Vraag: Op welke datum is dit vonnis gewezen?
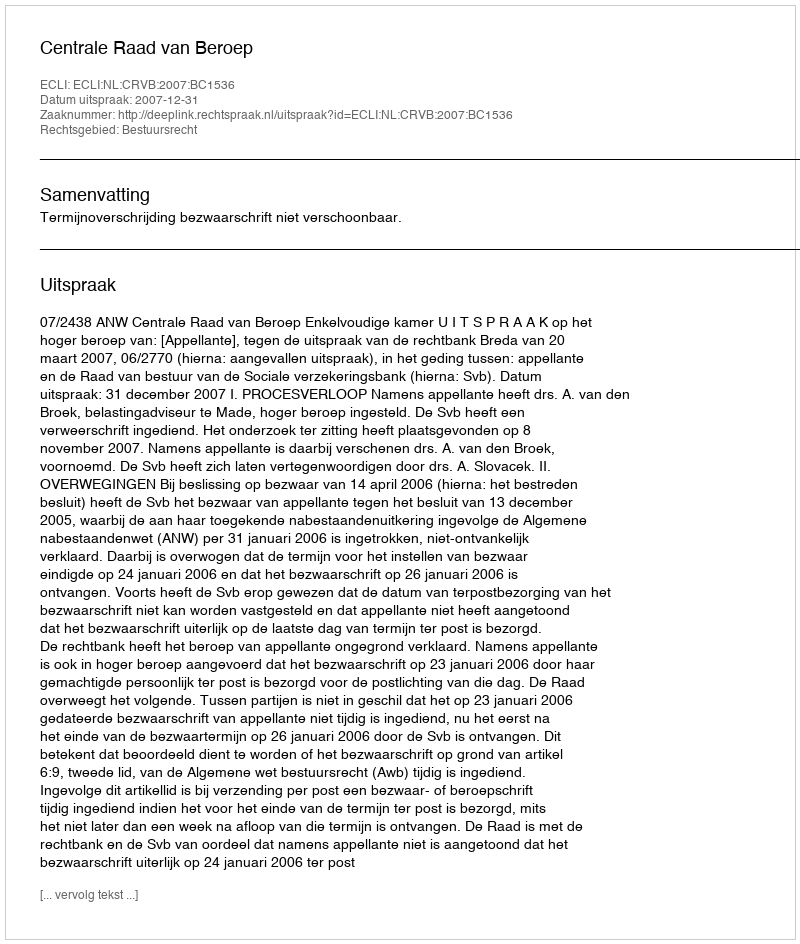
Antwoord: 2007-12-31